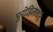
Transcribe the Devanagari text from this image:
पुरोहिताकडे